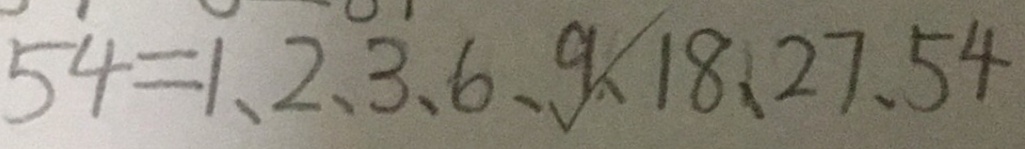
5 4 = 1 、 2 、 3 、 6 、 9 、 1 8 、 2 7 、 5 4